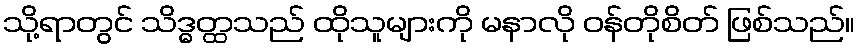
သို့ရာတွင် သိဒ္ဓတ္ထသည် ထိုသူများကို မနာလို ဝန်တိုစိတ် ဖြစ်သည်။